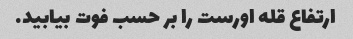
ارتفاع قله اورست را بر حسب فوت بیابید.